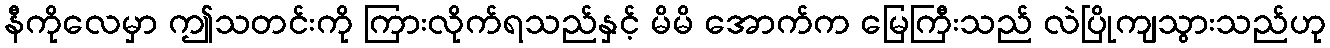
နီကိုလေမှာ ဤသတင်းကို ကြားလိုက်ရသည်နှင့် မိမိ အောက်က မြေကြီးသည် လဲပြိုကျသွားသည်ဟု